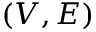
( V , E )